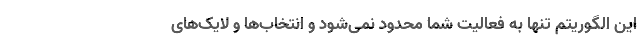
این الگوریتم تنها به فعالیت شما محدود نمی‌شود و انتخاب‌ها و لایک‌های